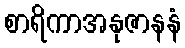
စာရိကာအနုဇာနနံ